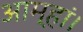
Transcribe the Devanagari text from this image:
आम्हां।